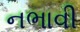
નભાવી